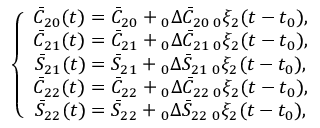
\left\{ \begin{array} { c } { \bar { C } _ { 2 0 } ( t ) = \bar { C } _ { 2 0 } + \phantom { } _ { 0 } \Delta \bar { C } _ { 2 0 } \, \phantom { } _ { 0 } \xi _ { 2 } ( t - t _ { 0 } ) , } \\ { \bar { C } _ { 2 1 } ( t ) = \bar { C } _ { 2 1 } + \phantom { } _ { 0 } \Delta \bar { C } _ { 2 1 } \, \phantom { } _ { 0 } \xi _ { 2 } ( t - t _ { 0 } ) , } \\ { \bar { S } _ { 2 1 } ( t ) = \bar { S } _ { 2 1 } + \phantom { } _ { 0 } \Delta \bar { S } _ { 2 1 } \, \phantom { } _ { 0 } \xi _ { 2 } ( t - t _ { 0 } ) , } \\ { \bar { C } _ { 2 2 } ( t ) = \bar { C } _ { 2 2 } + \phantom { } _ { 0 } \Delta \bar { C } _ { 2 2 } \, \phantom { } _ { 0 } \xi _ { 2 } ( t - t _ { 0 } ) , } \\ { \bar { S } _ { 2 2 } ( t ) = \bar { S } _ { 2 2 } + \phantom { } _ { 0 } \Delta \bar { S } _ { 2 2 } \, \phantom { } _ { 0 } \xi _ { 2 } ( t - t _ { 0 } ) , } \end{array} \right.